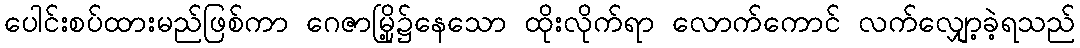
ပေါင်းစပ်ထားမည်ဖြစ်ကာ ဂေဇာမြို့၌နေသော ထိုးလိုက်ရာ လောက်ကောင် လက်လျှော့ခဲ့ရသည်